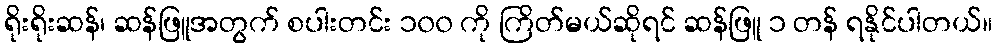
ရိုးရိုးဆန်၊ ဆန်ဖြူအတွက် စပါးတင်း ၁၀၀ ကို ကြိတ်မယ်ဆိုရင် ဆန်ဖြူ ၁ တန် ရနိုင်ပါတယ်။